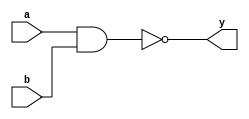
module nand_simple (
	input		a,
	input		b,
	output	y
	);
	
	assign y = ~(a & b);
	
endmodule